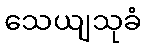
သေယျသုခံ